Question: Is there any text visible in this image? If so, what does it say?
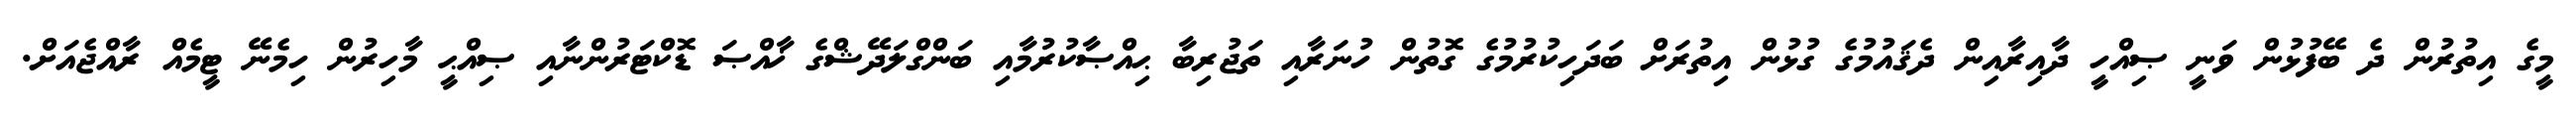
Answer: މީގެ އިތުރުން ދެ ބޭފުޅުން ވަނީ ޞިއްހީ ދާއިރާއިން ދެޤައުމުގެ ގުޅުން އިތުރަށް ބަދަހިކުރުމުގެ ގޮތުން ހުނަރާއި ތަޖުރިބާ ޙިއްޞާކުރުމާއި ބަންގްލަދޭޝްގެ ޚާއްޞަ ޑޮކްޓަރުންނާއި ޞިއްޙީ މާހިރުން ހިމެނޭ ޓީމެއް ރާއްޖެއަށް.